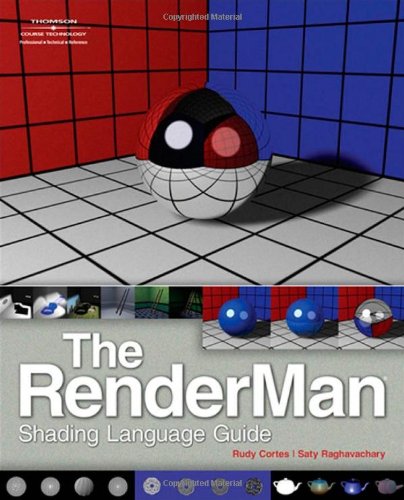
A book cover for The RenderMan Shading Language Guide; Don" Rudy Cortes; Computers & Technology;